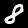
Label: 8